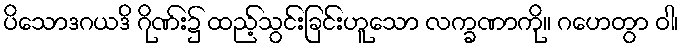
ပိသောဒဂယဒိ ဂိုဏ်း၌ ထည့်သွင်းခြင်းဟူသော လက္ခဏာကို။ ဂဟေတွာ ဝါ၊